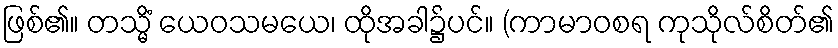
ဖြစ်၏။ တသ္မိံ ယေဝသမယေ၊ ထိုအခါ၌ပင်။ (ကာမာဝစရ ကုသိုလ်စိတ်၏